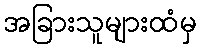
အခြားသူများထံမှ